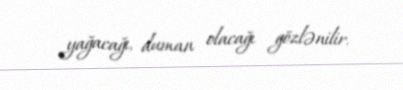
yağacağı, duman olacağı gözlənilir.